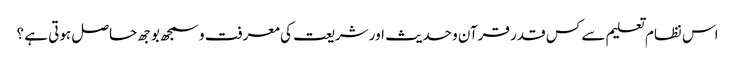
اس نظام تعلیم سے کس قدر قرآن و حدیث اور شریعت کی معرفت و سمجھ بوجھ حاصل ہوتی ہے ؟